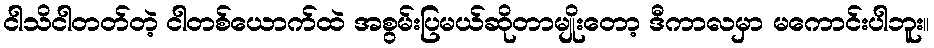
ငါသိငါတတ်တဲ့ ငါတစ်ယောက်ထဲ အစွမ်းပြမယ်ဆိုတာမျိုးတော့ ဒီကာလမှာ မကောင်းပါဘူး။